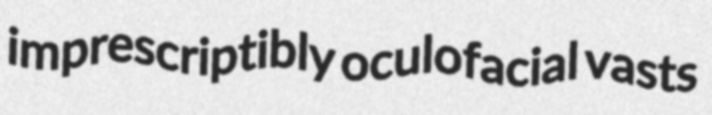
imprescriptibly oculofacial vasts